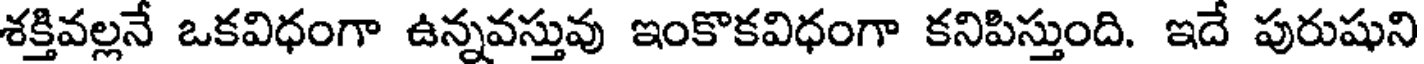
శక్తివల్లనే ఒకవిధంగా ఉన్నవస్తువు ఇంకొకవిధంగా కనిపిస్తుంది. ఇదే పురుషుని